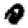
Digit: 0